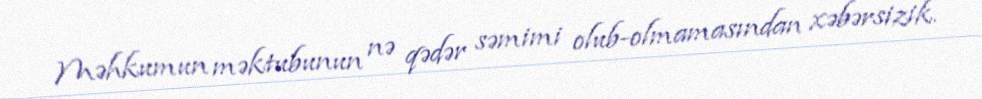
Məhkumun məktubunun nə qədər səmimi olub-olmamasından xəbərsizik.